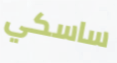
ساسكي